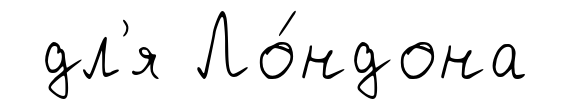
дл'я Ло́ндона